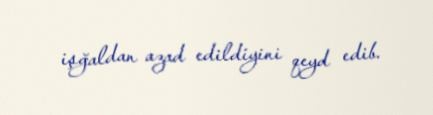
işğaldan azad edildiyini qeyd edib.